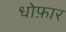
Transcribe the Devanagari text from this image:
धोफ़ार